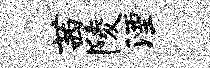
茜陵湮